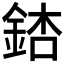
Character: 𨧃